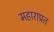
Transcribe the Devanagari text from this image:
महाराप्रत